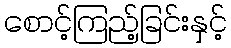
စောင့်ကြည့်ခြင်းနှင့်